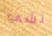
تشي